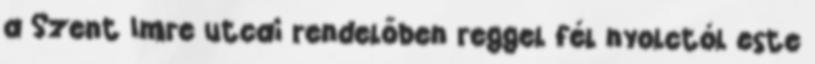
a Szent Imre utcai rendelőben reggel fél nyolctól este